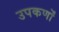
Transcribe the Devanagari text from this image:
उपकर्णों